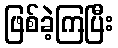
ဖြစ်ခဲ့ကြပြီး